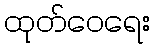
ထုတ်ဝေရေး